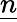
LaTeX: \underline{n}